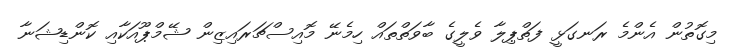
މިގޮތުން އެންމެ ރަނގަޅީ ފަތްޕިލާ ވެލީގެ ބާވަތްތައް ހިމެނޭ މޮއިސްޗަރައިޒިން ޝޭމްޕޫއަކާއި ކޮންޑިޝަނާ